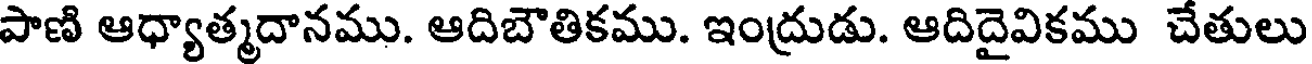
పాణి ఆధ్యాత్మదానము. ఆదిబౌతికము. ఇంద్రుడు. ఆదిదైవికము చేతులు